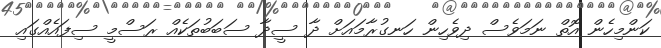
ކަންމިހެން އޮތް ނަމަވެސް ދިވެހިން ހަނގުރާމައަށް ދާ ސީދާ ސަބަބުތަކެއް ރަސްމީ ސިފައެއްގައި